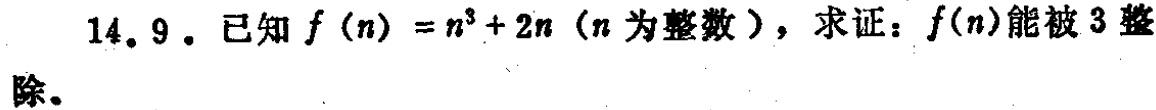
14.9. 已知 \(f(n)=n^{3}+2n\)（\(n\)为整数），求证：\(f(n)\)能被\(3\)整除。